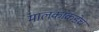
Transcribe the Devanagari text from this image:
मालकाकडेच